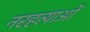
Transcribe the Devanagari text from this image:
नरहत्याओं